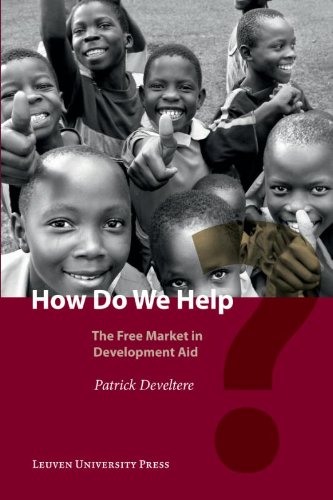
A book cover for How Do We Help?: The Free Market in Development Aid; Patrick Develtere; Business & Money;